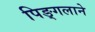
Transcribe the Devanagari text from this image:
पिङ्गलाने